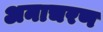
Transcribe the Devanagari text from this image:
अनाचरण